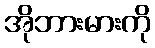
အိုဘားမားကို